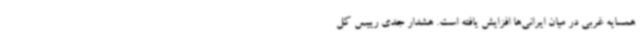
همسایه غربی در میان ایرانی‌ها افزایش یافته است. هشدار جدی رییس کل